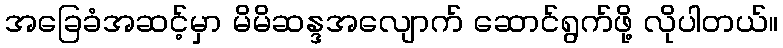
အခြေခံအဆင့်မှာ မိမိဆန္ဒအလျောက် ဆောင်ရွက်ဖို့ လိုပါတယ်။